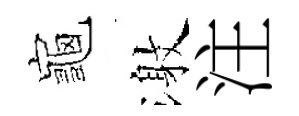
龜激注